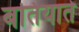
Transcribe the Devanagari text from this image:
बतियाते